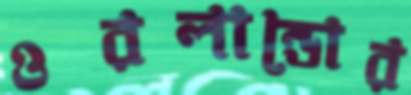
ওরলান্ডোর